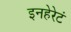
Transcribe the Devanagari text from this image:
इनहेरेटं